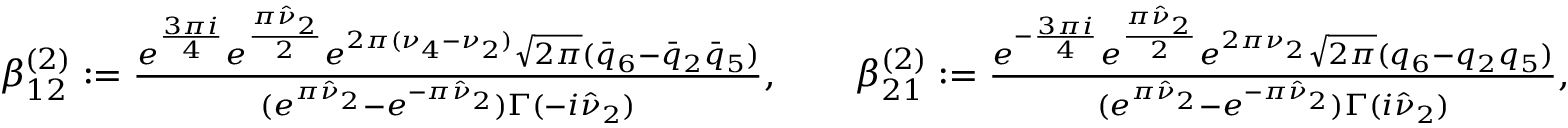
\begin{array} { r l } & { \beta _ { 1 2 } ^ { ( 2 ) } : = \frac { e ^ { \frac { 3 \pi i } { 4 } } e ^ { \frac { \pi \hat { \nu } _ { 2 } } { 2 } } e ^ { 2 \pi ( \nu _ { 4 } - \nu _ { 2 } ) } \sqrt { 2 \pi } ( \bar { q } _ { 6 } - \bar { q } _ { 2 } \bar { q } _ { 5 } ) } { ( e ^ { \pi \hat { \nu } _ { 2 } } - e ^ { - \pi \hat { \nu } _ { 2 } } ) \Gamma ( - i \hat { \nu } _ { 2 } ) } , \qquad \beta _ { 2 1 } ^ { ( 2 ) } : = \frac { e ^ { - \frac { 3 \pi i } { 4 } } e ^ { \frac { \pi \hat { \nu } _ { 2 } } { 2 } } e ^ { 2 \pi \nu _ { 2 } } \sqrt { 2 \pi } ( q _ { 6 } - q _ { 2 } q _ { 5 } ) } { ( e ^ { \pi \hat { \nu } _ { 2 } } - e ^ { - \pi \hat { \nu } _ { 2 } } ) \Gamma ( i \hat { \nu } _ { 2 } ) } , } \end{array}